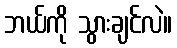
ဘယ်ကို သွားချင်လဲ။